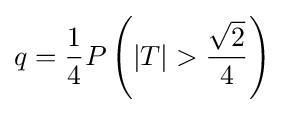
q={\frac {1}{4}}P\left(|T|>{\frac {\sqrt {2}}{4}}\right)